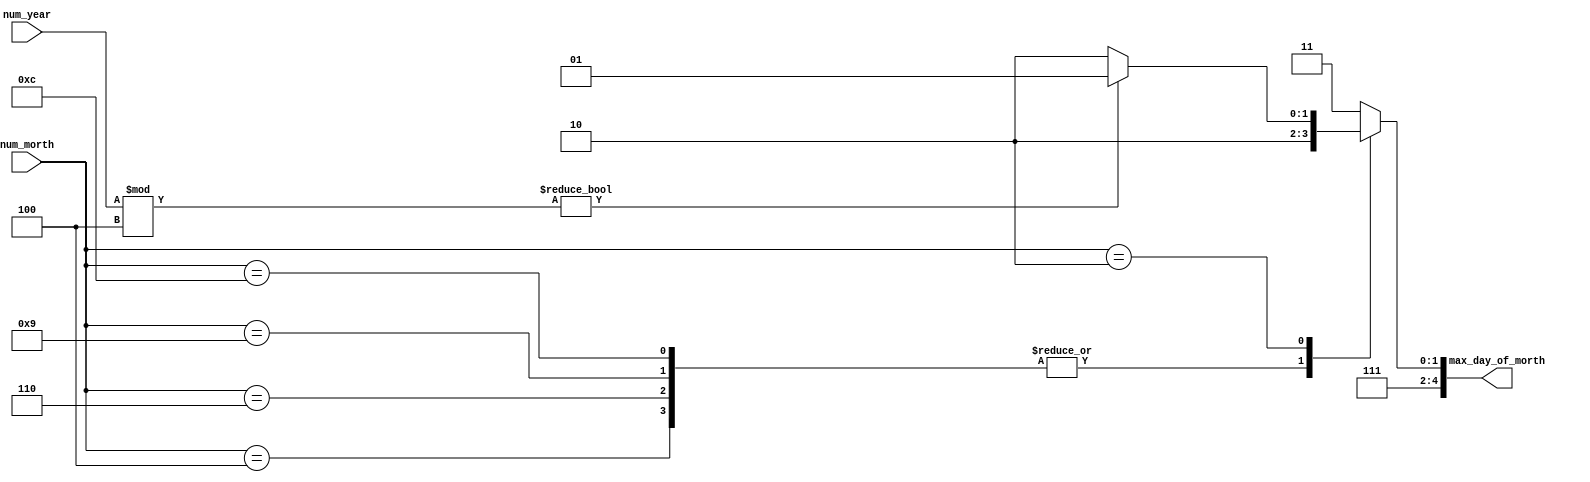
module day_of_morth
 (
 		num_morth
	 ,num_year
	 ,max_day_of_morth
);

   input      [15:0] num_year        ;
   input      [3 :0] num_morth       ;
   output reg [4 :0] max_day_of_morth;

  parameter JANUARY   = 31;  
  parameter FEBRUARY  = 29;  
  parameter MARCH     = 31;  
  parameter APRIL     = 30;  
  parameter MAY       = 31;  
  parameter JUNE      = 30;  
  parameter JULY      = 31;  
  parameter AUGUST    = 31;  
  parameter SEPTEMBER = 30;  
  parameter OCTOBER   = 31;  
  parameter NOVEMBER  = 30;  
  parameter DECEMBER  = 31;  


 always @(*) begin
 		case(num_morth)
			 4'd1  : max_day_of_morth = JANUARY   ;
			 4'd3  : max_day_of_morth = MARCH     ;
			 4'd4  : max_day_of_morth = APRIL     ;
			 4'd5  : max_day_of_morth = MAY       ;
			 4'd6  : max_day_of_morth = JUNE      ;
			 4'd7  : max_day_of_morth = JULY      ;
			 4'd8  : max_day_of_morth = AUGUST    ;
			 4'd9  : max_day_of_morth =  SEPTEMBER;
			 4'd10 : max_day_of_morth = OCTOBER   ;
			 4'd11 : max_day_of_morth = DECEMBER  ;
			 4'd12 : max_day_of_morth = NOVEMBER  ;
			 4'd2  : max_day_of_morth = (num_year % 4) ? (FEBRUARY) : (FEBRUARY + 5'd1) ;
			 default max_day_of_morth = JANUARY   ;
		endcase
	end
endmodule